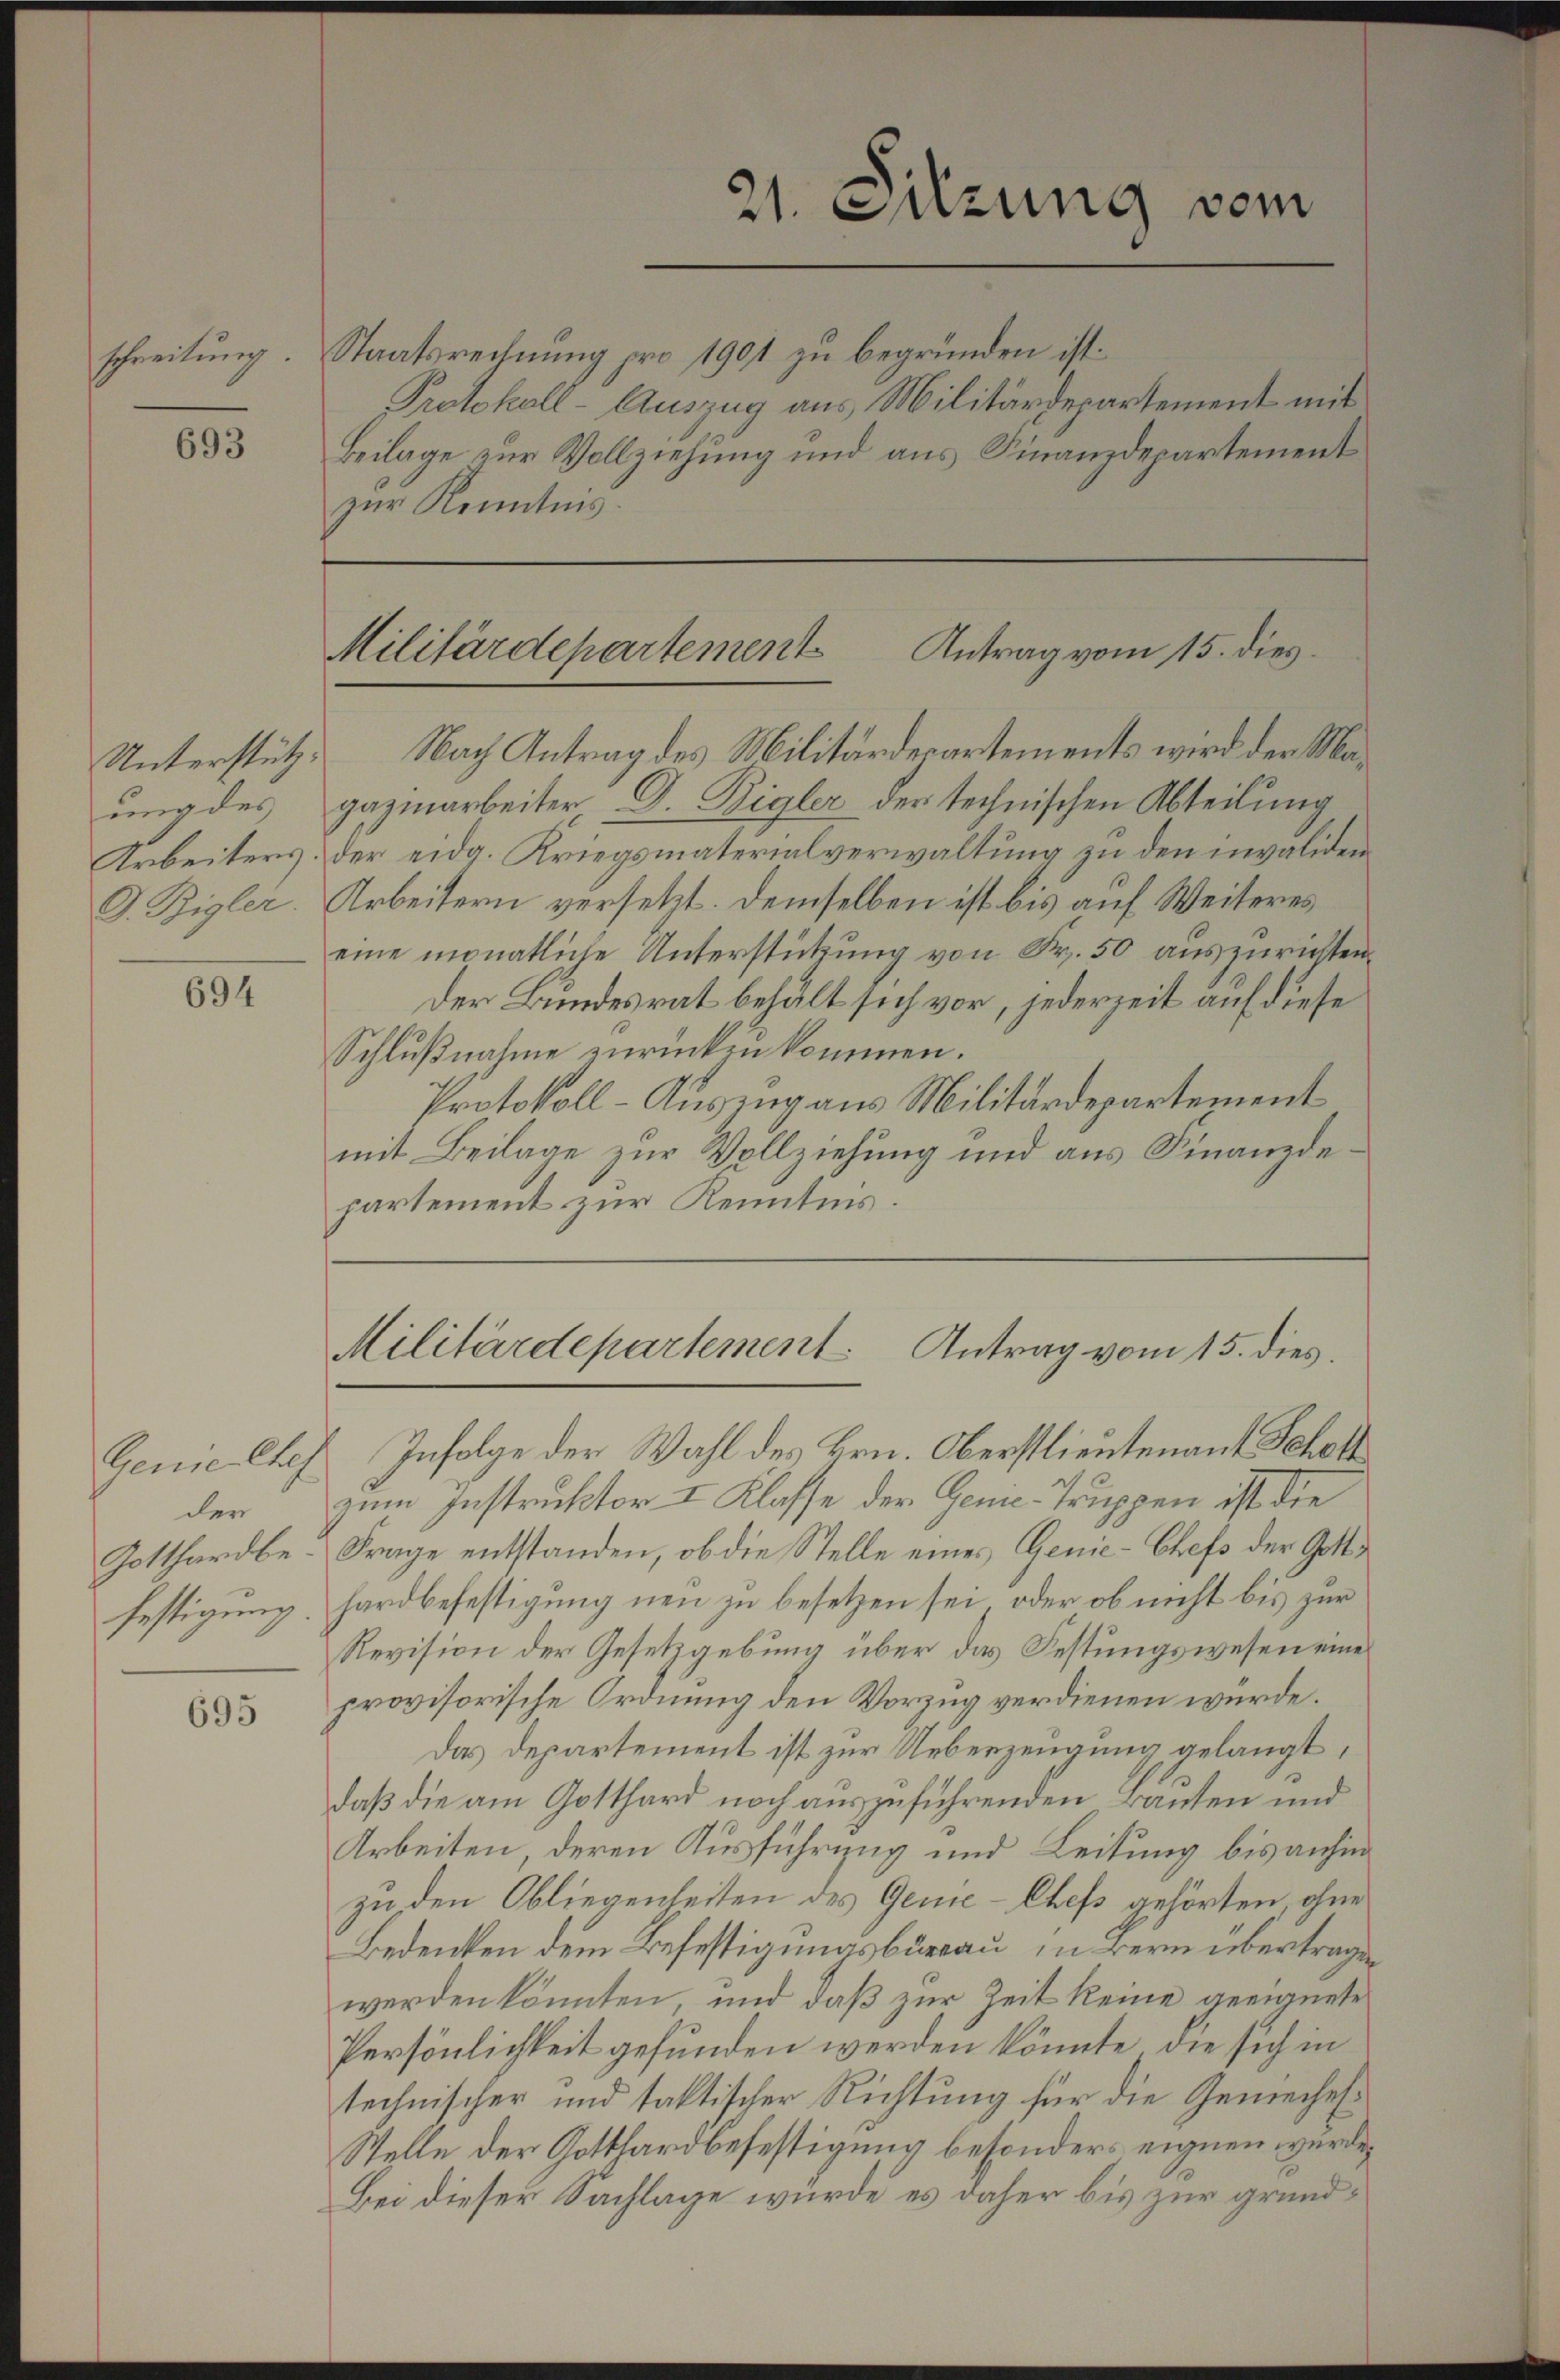
schreibung.

693

ung des
Arbeiters
G. Rigler.

694

der

695

21. Sitzung vom

Antrag vom 15. dies
Militärdepartement

Staatsrechnung pro 1901 zu begründen ist.
Protokoll-Auszug aus Militärdepartement mit
Beilage zur Vollziehung und aus Finanzdepartement
zur Kenntnis
Unterstütz! Nach Antrag des Militärdepartements wird der Magazinarbeiter D. Regler der technischen Abteilung
der eidg. Kriegsmaterialverwaltung zu den invaliden
Arbeitern versetzt. Demselben ist bis auf Weiteres
eine monatliche Unterstützung von Fr. 50 auszurichten.
Der Bundesrat behalt sich vor, jederzeit auf diese
Schlußnahme zurückzukommen.
Protokoll-Auszug aus Militärdepartement
mit Beilage zur Vollziehung und aus Finanzdepartement zur Kenntnis.

Militärdepartement Antrag vom 15. dies

Genie Chef Infolge der Wahl des Hrn. Oberstlieutenant Scholl
zum Instruktor I Klasse der Genie-Truppen ist die
Gotthardbe-Frage entstanden, ob die Stelle eines Genie-Chefs der Gottfestigung. Hardbefestigung neu zu besetzen sei, oder ob nicht bis zur
Revision der Gesetzgebung über das Festungswesen eines
provisorische Ordnung den Vorzug verdienen würde.
Das Departement ist zur Ueberzeugung gelangt,
daß die am Gotthard noch auszuführenden Bauten und
Arbeiten deren Ausführung und Leitung bis anhin
zu den Obliegenheiten des Genie-Chefs gehörten, ohne
Bedenken dem Befestigungsbureau in Bern übertragen
werden könnten, und daß zur Zeit keine geeignete
Persönlichkeit gefunden werden könnte, die sich in
technischer und taktischer Richtung für die Gemeihes¬
Stelle der Gotthardbefestigung besonders eignen würde,
Bei dieser Sachlage wurde es daher bis zur grund¬